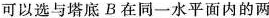
可以选与塔底 B 在同一水平面内的两